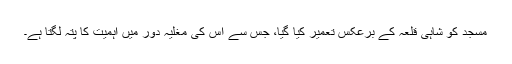
مسجد کو شاہی قلعہ کے برعکس تعمیر کیا گیا، جس سے اس کی مغلیہ دور میں اہمیت کا پتہ لگتا ہے۔